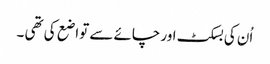
اُن کی بسکٹ اور چائے سے تواضع کی تھی ۔